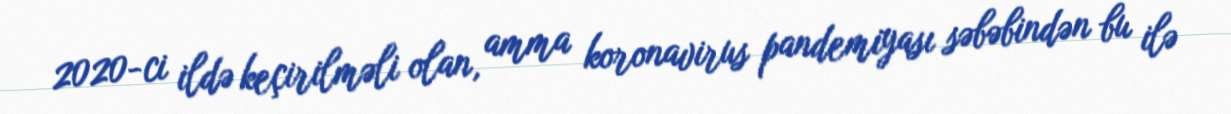
2020-ci ildə keçirilməli olan, amma koronavirus pandemiyası səbəbindən bu ilə